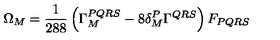
\Omega _ { M } = { \frac { 1 } { 2 8 8 } } \left( \Gamma _ { M } ^ { P Q R S } - 8 \delta _ { M } ^ { P } \Gamma ^ { Q R S } \right) F _ { P Q R S }